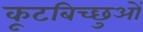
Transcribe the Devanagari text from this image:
कूटबिच्छुओं